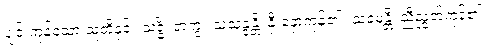
ပျင်းကုန်သော သူတို့နှင့်။ သဒ္ဓိံ၊ တကွ။ သံသန္ဒန္တိ၊ နှီးနှောကုန်၏။ သမေန္တိ၊ ညီညွတ်ကုန်၏။